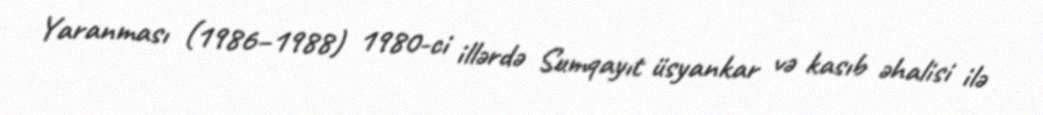
Yaranması (1986–1988) 1980-ci illərdə Sumqayıt üsyankar və kasıb əhalisi ilə